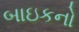
બાઇકનો